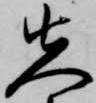
先